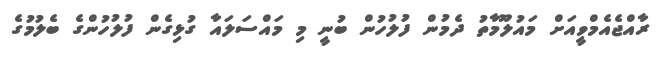
ރާއްޖެއެމްވީއަށް މައުލޫމާތު ދެމުން ފުލުހުން ބުނީ މި މައްސަލައާ ގުޅިގެން ފުލުހުންގެ ބެލުމުގެ